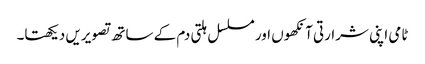
ٹامی اپنی شرارتی آنکھوں اور مسلسل ہلتی دم کے ساتھ تصویریں دیکھتا۔